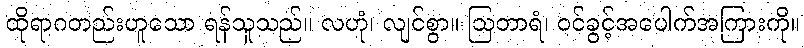
ထိုရာဂတည်းဟူသော ရန်သူသည်။ လဟုံ၊ လျင်စွာ။ ဩတာရံ၊ ဝင်ခွင့်အပေါက်အကြားကို။